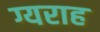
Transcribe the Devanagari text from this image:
ग्यराह